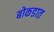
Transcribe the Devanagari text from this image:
बोकडात